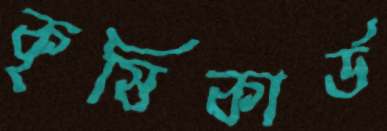
কৃষিকার্ড